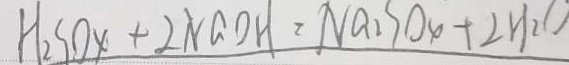
H _ { 2 } S O _ { 4 } + 2 N a O H = N a _ { 2 } S O _ { 4 } + 2 H _ { 2 } O